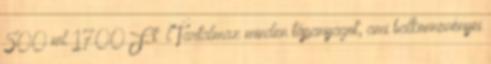
500 ml 1700 Ft l Tartalmaz minden tápanyagot, ami balkonnövényei